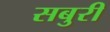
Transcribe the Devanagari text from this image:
सबुरी